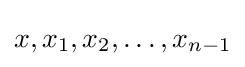
x,x_{1},x_{2},\ldots ,x_{n-1}